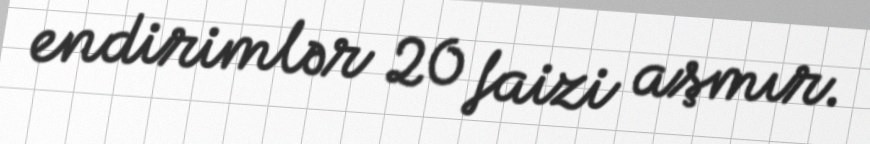
endirimlər 20 faizi aşmır.